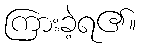
ကြားခဲ့ရ၏။